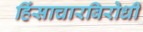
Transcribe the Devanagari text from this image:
हिंसाचारविरोधी